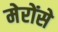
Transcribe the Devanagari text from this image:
मेरोंसे